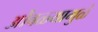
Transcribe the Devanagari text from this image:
ओंबळ्यामुळे